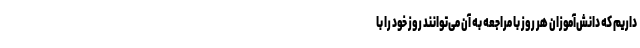
داریم که دانش‌آموزان هر روز با مراجعه به آن می‌توانند روز خود را با